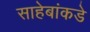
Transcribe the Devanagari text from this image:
साहेबांकडे